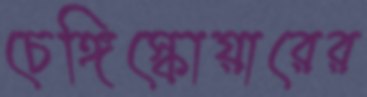
চেঙ্গিস্কোয়ারের